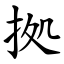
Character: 拠